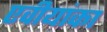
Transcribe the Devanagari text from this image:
एवीयांका